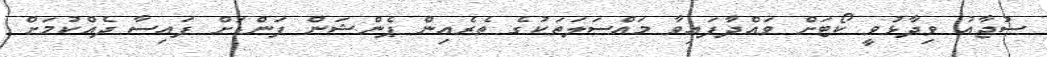
ސުޖާއު ވިދާޅުވީ ކޯޓަށް ވައްދާފައިވާ މައްސަލަތަކުގެ ތެރެއިން ޕެންޝަން ފަންޑަށް ފައިސާ ދެއްކުމަށް